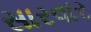
સારવાર